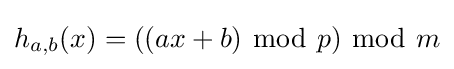
h_{a,b}(x)=((ax+b)~{\bmod {~}}p)~{\bmod {~}}m